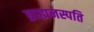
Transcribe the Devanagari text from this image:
ब्राह्मनस्पति